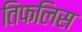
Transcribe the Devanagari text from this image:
तिफलिस